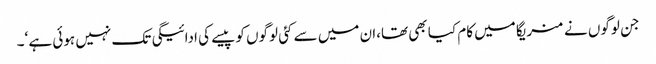
جن لوگوں نے منریگا میں کام کیا بھی تھا،ان میں سے کئی لوگوں کو پیسے کی ادائیگی تک نہیں ہوئی ہے ‘۔